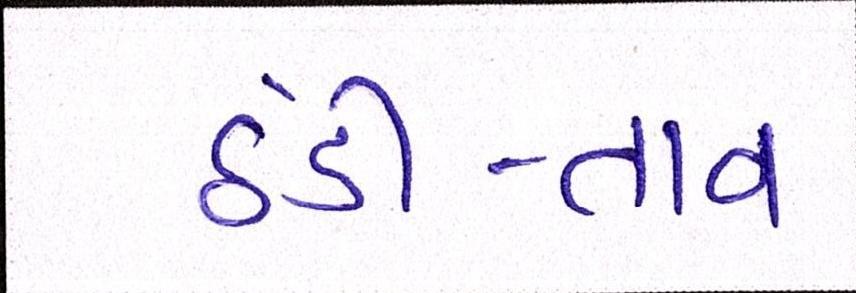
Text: ઠંડી-તાવ